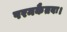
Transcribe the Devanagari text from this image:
परमकैतवः।